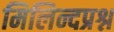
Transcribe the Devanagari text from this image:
मिलिन्दप्रश्न